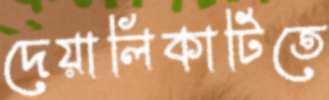
দেয়ালিকাটিতে